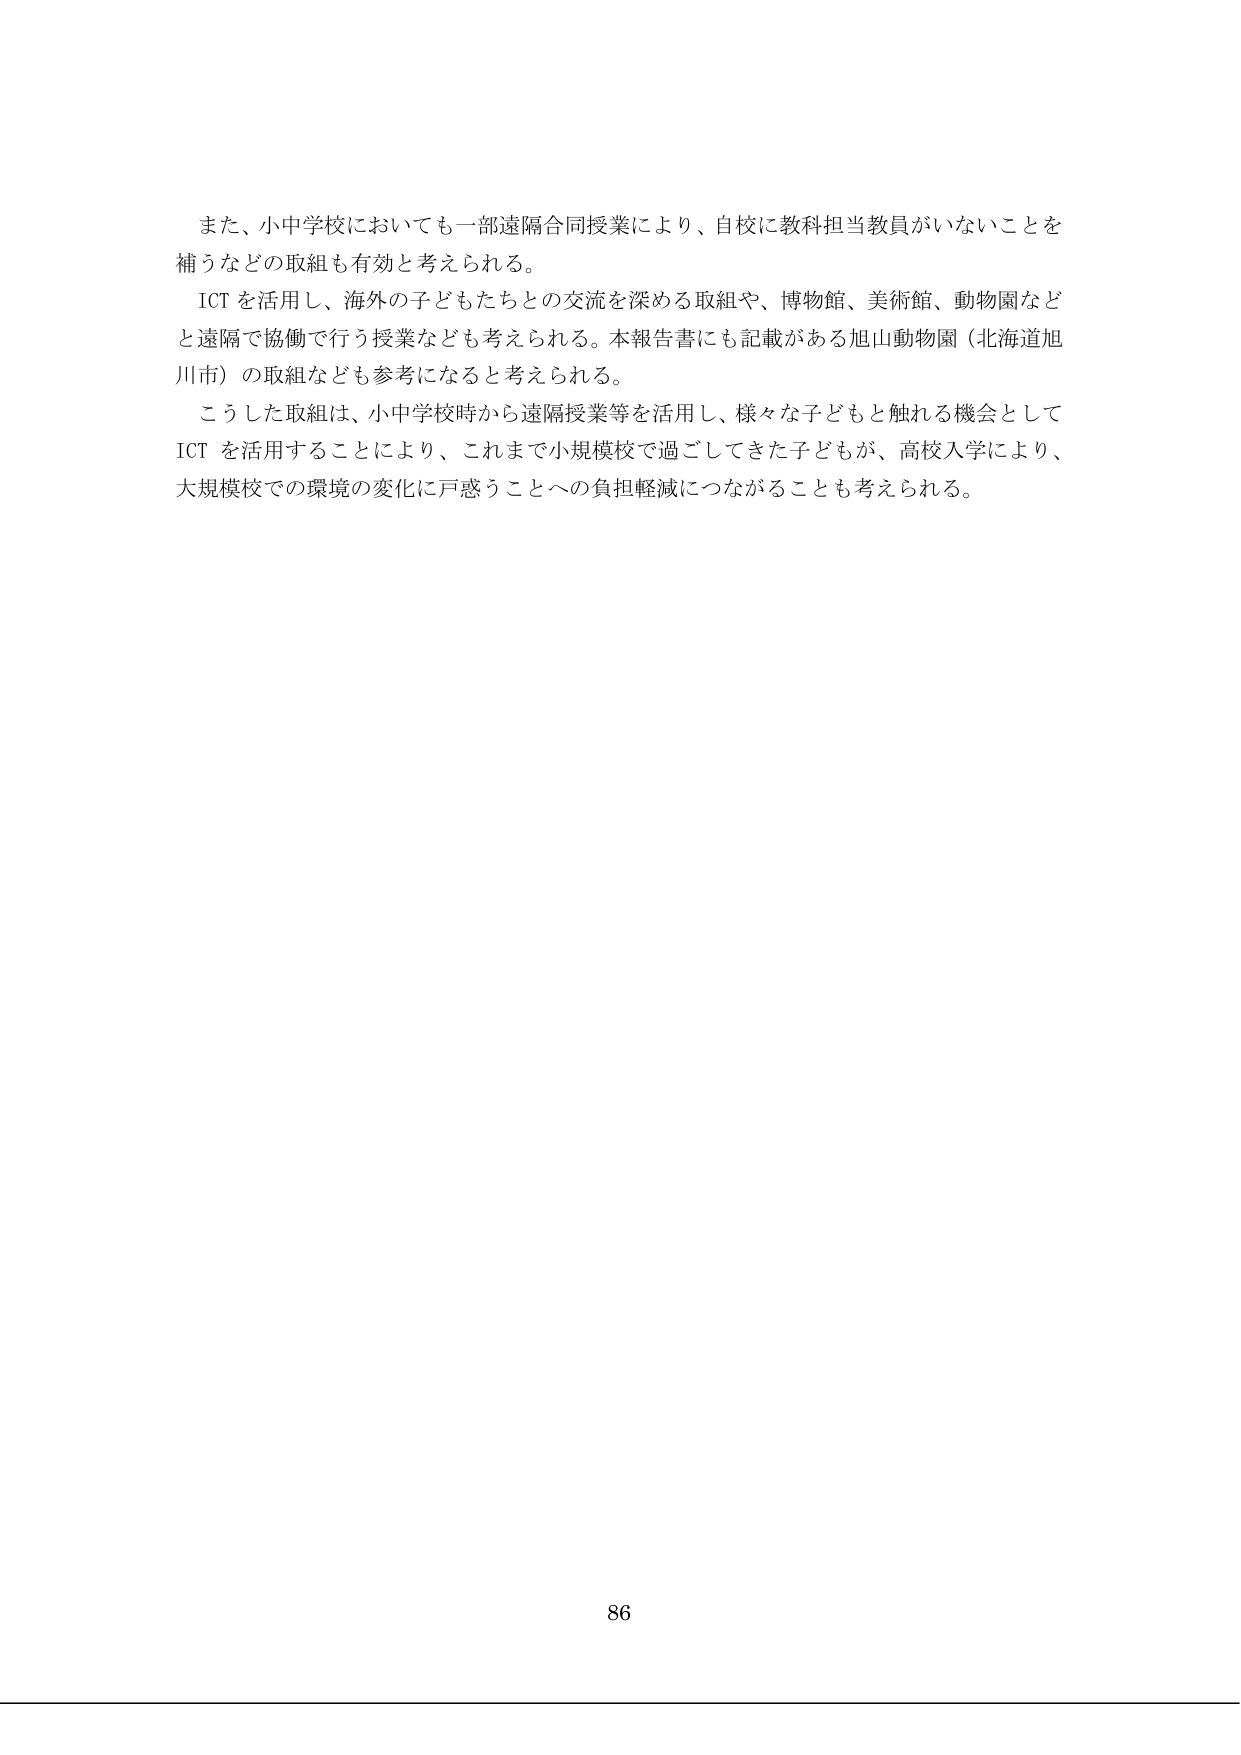
また、小中学校においても一部遠隔合同授業により、自校に教科担当教員がいないことを補うなどの取組も有効と考えられる。

ICT を活用し、海外の子どもたちとの交流を深める取組や、博物館、美術館、動物園などと遠隔で協働で行う授業なども考えられる。本報告書にも記載がある旭山動物園（北海道旭川市）の取組なども参考になると考えられる。

こうした取組は、小中学校時から遠隔授業等を活用し、様々な子どもと触れる機会として ICT を活用することにより、これまで小規模校で過ごしてきた子どもが、高校入学により、大規模校での環境の変化に戸惑うことへの負担軽減につながることも考えられる。

86